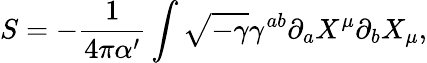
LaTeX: S=-\frac{1}{4\pi\alpha^{\prime}}\int\sqrt{-\gamma}\gamma^{ab}\partial_{a}X^{\mu}\partial_{b}X_{\mu},